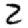
Digit: 2